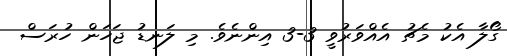
ގޯލާ އެކު މެޗު އެއްވަރުވީ 3-3 އިންނެވެ. މި ލަނޑު ޖަހަން ހުރަސް